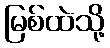
မြစ်ထဲသို့